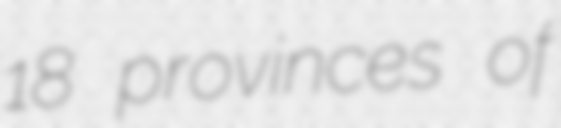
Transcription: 18 provinces of